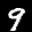
Label: 9